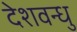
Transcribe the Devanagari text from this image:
देशवन्धु